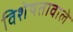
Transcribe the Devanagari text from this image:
विशेषतावाले